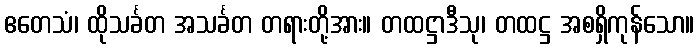
ဧတေသံ၊ ထိုသင်္ခတ အသင်္ခတ တရားတို့အား။ တထဋ္ဌာဒီသု၊ တထဋ္ဌ အစရှိကုန်သော။